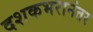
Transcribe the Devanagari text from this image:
दशकभरानंतर